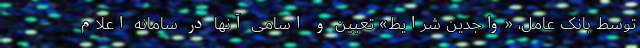
توسط بانک عامل، «واجدین شرایط» تعیین و اسامی آنها در سامانه اعلام